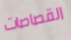
القصاصات